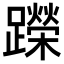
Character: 𬧘